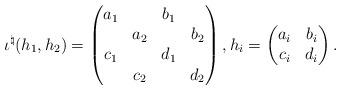
LaTeX: \begin{align*} \iota^{\natural}(h_1, h_2) = \begin{pmatrix} a_1 & & b_1 & \\ & a_2 & & b_2 \\ c_1 & & d_1 & \\ & c_2 & & d_2 \end{pmatrix}, h_i = \begin{pmatrix} a_i & b_i \\ c_i & d_i \end{pmatrix}.\end{align*}